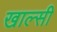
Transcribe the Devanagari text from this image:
खाल्सी